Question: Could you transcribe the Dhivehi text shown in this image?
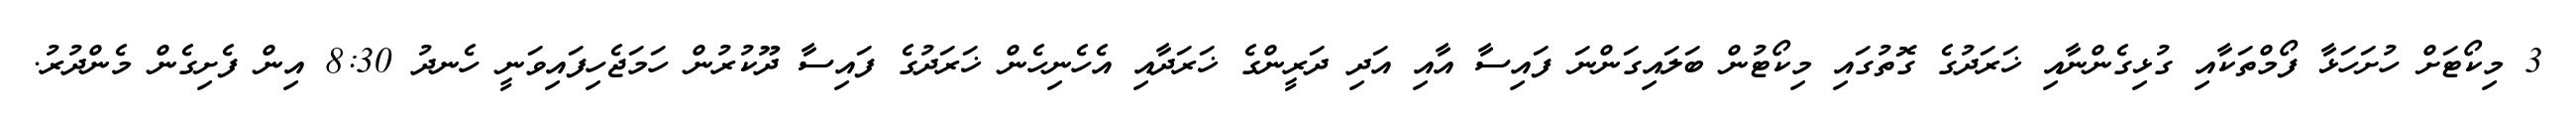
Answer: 3 މިކޯޓަށް ހުށަހަޅާ ފޯމްތަކާއި ގުޅިގެންނާއި ޚަރަދުގެ ގޮތުގައި މިކޯޓުން ބަލައިގަންނަ ފައިސާ އާއި އަދި ދަރީންގެ ޚަރަދާއި އެހެނިހެން ޚަރަދުގެ ފައިސާ ދޫކުރުން ހަމަޖެހިފައިވަނީ ހެނދު 8:30 އިން ފެށިގެން މެންދުރު.